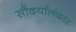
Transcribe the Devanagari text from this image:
सौंदर्यालंकार